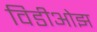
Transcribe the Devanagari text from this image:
विडीओझ